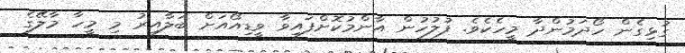
ގުޅިގެން ހޯދަމުންދާ މީހެކެވެ. ފުލުހުން އާންމުކޮށްފައިވާ ވީޑިއޯއަށް ބަލާއިރު މި މީހާ މާލޭގެ